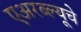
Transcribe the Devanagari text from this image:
एअरब्ल्यूचे